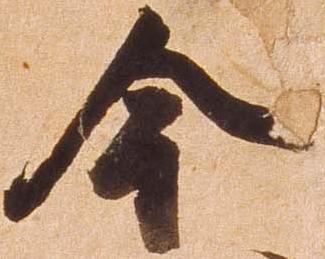
今